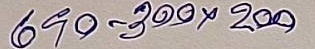
690 - 300 x 200